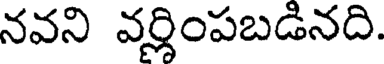
నవని వర్ణింపబడినది.